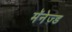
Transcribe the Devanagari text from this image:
मॅनेज्ड